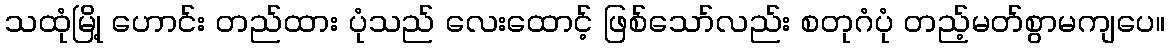
သထုံမြို့ ဟောင်း တည်ထား ပုံသည် လေးထောင့် ဖြစ်သော်လည်း စတုဂံပုံ တည့်မတ်စွာမကျပေ။